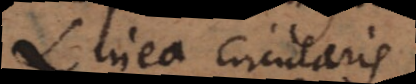
linea circularis,